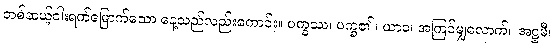
တစ်ဆယ့်ငါးရက်မြောက်သော နေ့သည်လည်းကောင်း။ ပက္ခဿ၊ ပက္ခ၏။ ယာဝ၊ အကြင်မျှလောက်။ အဋ္ဌမီ၊